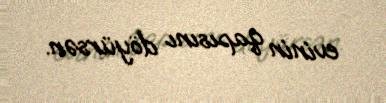
evinin qapısını döyürsən.